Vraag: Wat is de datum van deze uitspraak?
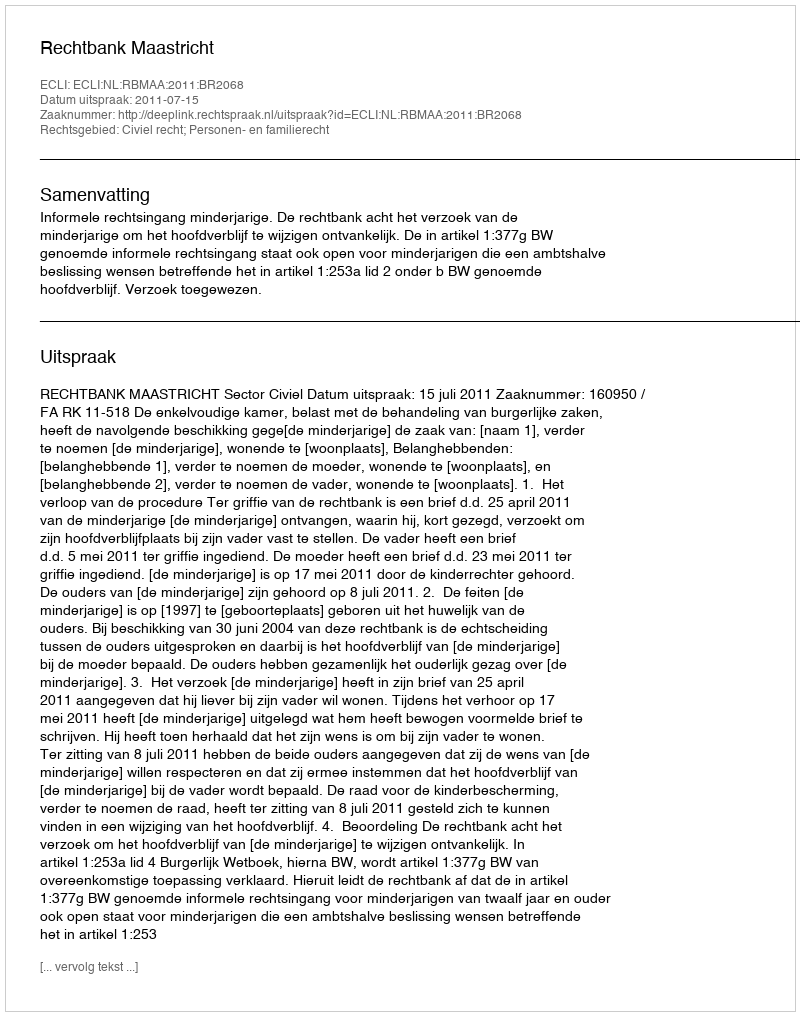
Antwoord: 2011-07-15